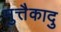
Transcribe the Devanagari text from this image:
मुत्तैकादु